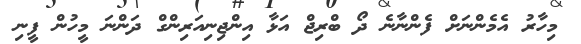
މިހާރު އެމެންނަށް ފެންނާނެ ދޯ ބްރިޖް އަޅާ އިންޖިނިއަރިންގް ދަންނަ މީހުން ފީނި